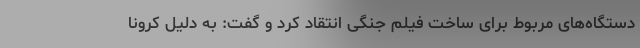
دستگاه‌های مربوط برای ساخت فیلم جنگی انتقاد کرد و گفت: به دلیل کرونا